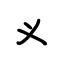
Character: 义